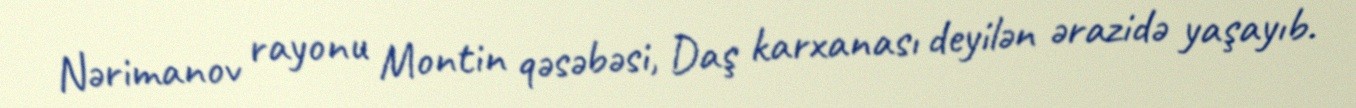
Nərimanov rayonu Montin qəsəbəsi, Daş karxanası deyilən ərazidə yaşayıb.